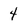
Character: 4